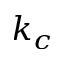
k _ { c }